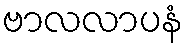
ဗာလလာပနံ